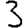
Digit: 3